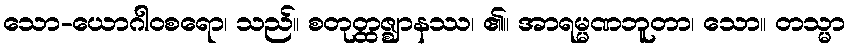
သော-ယောဂါဝစရော၊ သည်။ စတုတ္ထဇ္ဈာနဿ၊ ၏။ အာရမ္မဏဘူတာ၊ သော။ တသ္မာ